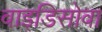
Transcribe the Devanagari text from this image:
वाइडिसोवा